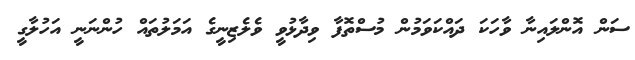
ސަން އޮންލައިނާ ވާހަކަ ދައްކަވަމުން މުސްތޮފާ ވިދާޅުވީ ވެލެޒިނީގެ އަމަލުތައް ހުންނަނީ އަހުލާގީ